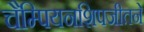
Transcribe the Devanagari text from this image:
चैम्पियनशिपजीतने